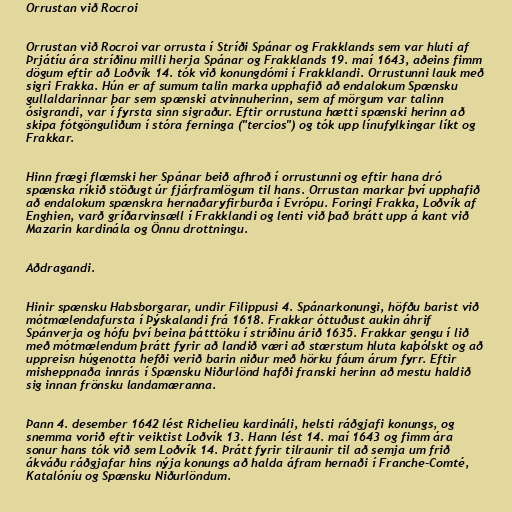
Orrustan við Rocroi

Orrustan við Rocroi var orrusta í Stríði Spánar og Frakklands sem var hluti af
Þrjátíu ára stríðinu milli herja Spánar og Frakklands 19. maí 1643, aðeins fimm
dögum eftir að Loðvík 14. tók við konungdómi í Frakklandi. Orrustunni lauk með
sigri Frakka. Hún er af sumum talin marka upphafið að endalokum Spænsku
gullaldarinnar þar sem spænski atvinnuherinn, sem af mörgum var talinn
ósigrandi, var í fyrsta sinn sigraður. Eftir orrustuna hætti spænski herinn að
skipa fótgönguliðum í stóra ferninga ("tercios") og tók upp línufylkingar líkt og
Frakkar.

Hinn frægi flæmski her Spánar beið afhroð í orrustunni og eftir hana dró
spænska ríkið stöðugt úr fjárframlögum til hans. Orrustan markar því upphafið
að endalokum spænskra hernaðaryfirburða í Evrópu. Foringi Frakka, Loðvík af
Enghien, varð gríðarvinsæll í Frakklandi og lenti við það brátt upp á kant við
Mazarin kardinála og Önnu drottningu.

Aðdragandi.

Hinir spænsku Habsborgarar, undir Filippusi 4. Spánarkonungi, höfðu barist við
mótmælendafursta í Þýskalandi frá 1618. Frakkar óttuðust aukin áhrif
Spánverja og hófu því beina þátttöku í stríðinu árið 1635. Frakkar gengu í lið
með mótmælendum þrátt fyrir að landið væri að stærstum hluta kaþólskt og að
uppreisn húgenotta hefði verið barin niður með hörku fáum árum fyrr. Eftir
misheppnaða innrás í Spænsku Niðurlönd hafði franski herinn að mestu haldið
sig innan frönsku landamæranna.

Þann 4. desember 1642 lést Richelieu kardináli, helsti ráðgjafi konungs, og
snemma vorið eftir veiktist Loðvík 13. Hann lést 14. maí 1643 og fimm ára
sonur hans tók við sem Loðvík 14. Þrátt fyrir tilraunir til að semja um frið
ákváðu ráðgjafar hins nýja konungs að halda áfram hernaði í Franche-Comté,
Katalóníu og Spænsku Niðurlöndum.